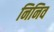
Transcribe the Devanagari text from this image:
निनिव